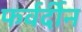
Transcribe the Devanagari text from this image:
फर्वर्दीन